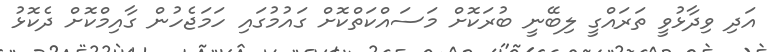
އަދި ވިދާޅުވީ ތަރައްގީ ލިބޭނީ ބުރަކޮށް މަސައްކަތްކޮށް ގައުމުގައި ހަމަޖެހުން ގާއިމްކޮށް ދެކޮޅު